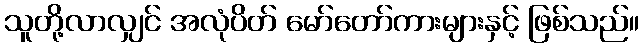
သူတို့လာလျှင် အလုံပိတ် မော်တော်ကားများနှင့် ဖြစ်သည်။